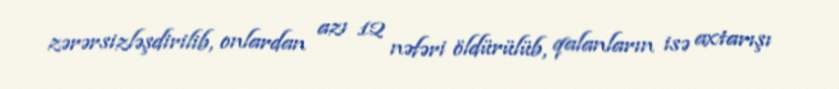
zərərsizləşdirilib, onlardan azı 12 nəfəri öldürülüb, qalanların isə axtarışı